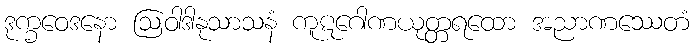
ဒုက္ခဝေဒနော ဩဝါဒါနုသာသနံ ကူဋဂေါဏယုတ္တရထော အညာဏဿေတံ